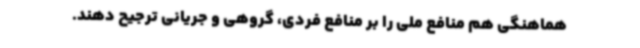
هماهنگی هم منافع ملی را بر منافع فردی، گروهی و جریانی ترجیح دهند.